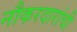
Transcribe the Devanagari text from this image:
नौकरदारांची